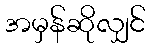
အမှန်ဆိုလျှင်